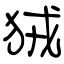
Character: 狨